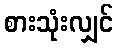
စားသုံးလျှင်